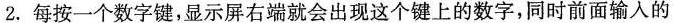
2. 每按一个数字键，显示屏右端就会出现这个键上的数字，同时前面输入的